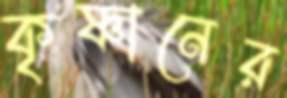
কৃষ্ণানের